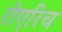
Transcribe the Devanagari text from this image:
रोएरिच